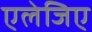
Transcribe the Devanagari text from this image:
एलेजिए